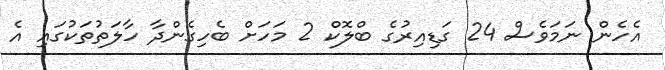
އެހެން ނަމަވެސް 24 ގަޑިއިރުގެ ބްލޮކް 2 މަހަށް ބެހިގެންދާ ހާލަތުތަކުގައި އެ